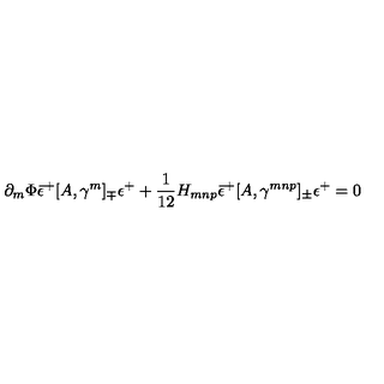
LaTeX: \partial _ { m } \Phi { \bar { \epsilon } ^ { + } } [ A , \gamma ^ { m } ] _ { \mp } \epsilon ^ { + } + \frac { 1 } { 1 2 } H _ { m n p } { \bar { \epsilon } ^ { + } } [ A , \gamma ^ { m n p } ] _ { \pm } \epsilon ^ { + } = 0